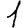
Digit: 1